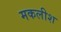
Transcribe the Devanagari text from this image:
मकलीश